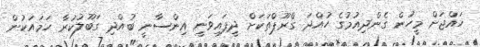
ހައްޖަށް މީހުން ގެންދިއުުމުގެ ހުއްދަ ގްރޫޕްތަކަށް ދީފައިވަނީ އިންސާނީ ބުއްދި ގަބޫލުކުރާ ހަމައަކުން